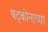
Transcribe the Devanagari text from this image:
षट्कोनाच्या